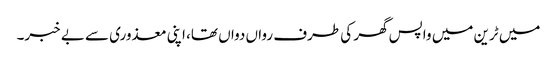
میں ٹرین میں واپس گھر کی طرف رواں دواں تھا، اپنی معذوری سے بے خبر۔